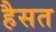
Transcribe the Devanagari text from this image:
हैसत